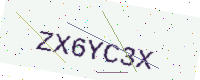
Text: ZX6YC3X